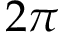
2 \pi